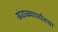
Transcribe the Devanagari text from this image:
खंडाळ्यापर्यंतचा